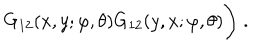
LaTeX: G _ { 1 2 } ( x , y ; \varphi , \theta ) G _ { 1 2 } ( y , x ; \varphi , \theta ) \Bigg ) \; .